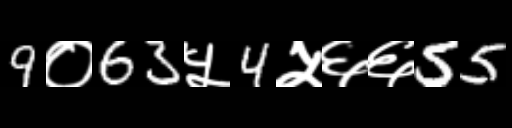
Text: 9०63५4५६६55